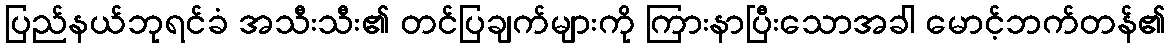
ပြည်နယ်ဘုရင်ခံ အသီးသီး၏ တင်ပြချက်များကို ကြားနာပြီးသောအခါ မောင့်ဘက်တန်၏